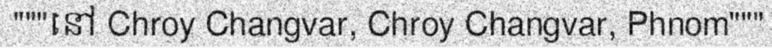
"""នៅ Chroy Changvar, Chroy Changvar, Phnom"""